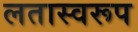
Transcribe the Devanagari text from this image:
लतास्वरूप